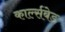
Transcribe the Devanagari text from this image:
कार्ल्सबेड